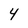
Character: 4